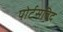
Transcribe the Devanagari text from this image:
पोर्टसविद